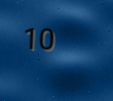
10